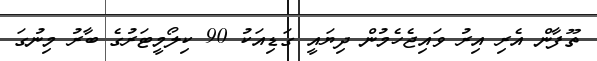
ތޫފާން އެރި އިރު ވައިޖެހެމުން ދިޔައީ ގަޑިއަކު 90 ކިލޯމީޓަރުގެ ބާރު މިނުގަ